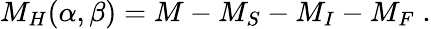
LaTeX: M_{H}(\alpha,\beta)=M-M_{S}-M_{I}-M_{F}\; .